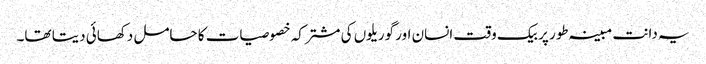
یہ دانت مبینہ طور پر بیک وقت انسان اور گوریلوں کی مشترکہ خصوصیات کا حامل دکھائی دیتا تھا۔